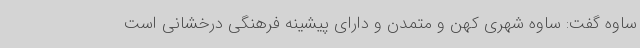
ساوه گفت: ساوه شهری کهن و متمدن و دارای پیشینه فرهنگی درخشانی است